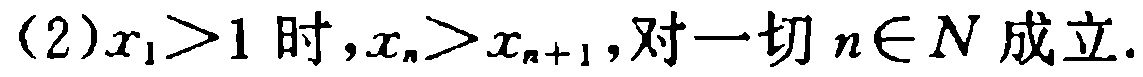
(2)$x_{1}>1$时,$x_{n}>x_{n + 1}$,对一切$n\in N$成立.